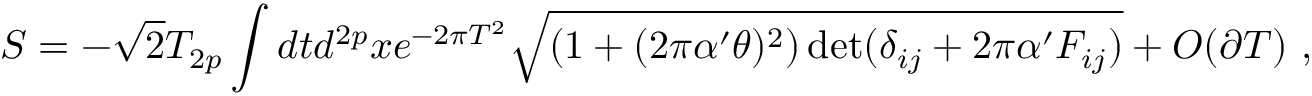
S = - \sqrt { 2 } T _ { 2 p } \int d t d ^ { 2 p } x e ^ { - 2 \pi T ^ { 2 } } \sqrt { ( 1 + ( 2 \pi \alpha ^ { \prime } \theta ) ^ { 2 } ) \operatorname * { d e t } ( \delta _ { i j } + 2 \pi \alpha ^ { \prime } F _ { i j } ) } + O ( \partial T ) \ ,